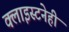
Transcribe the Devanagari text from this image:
क्लाइस्टनेही